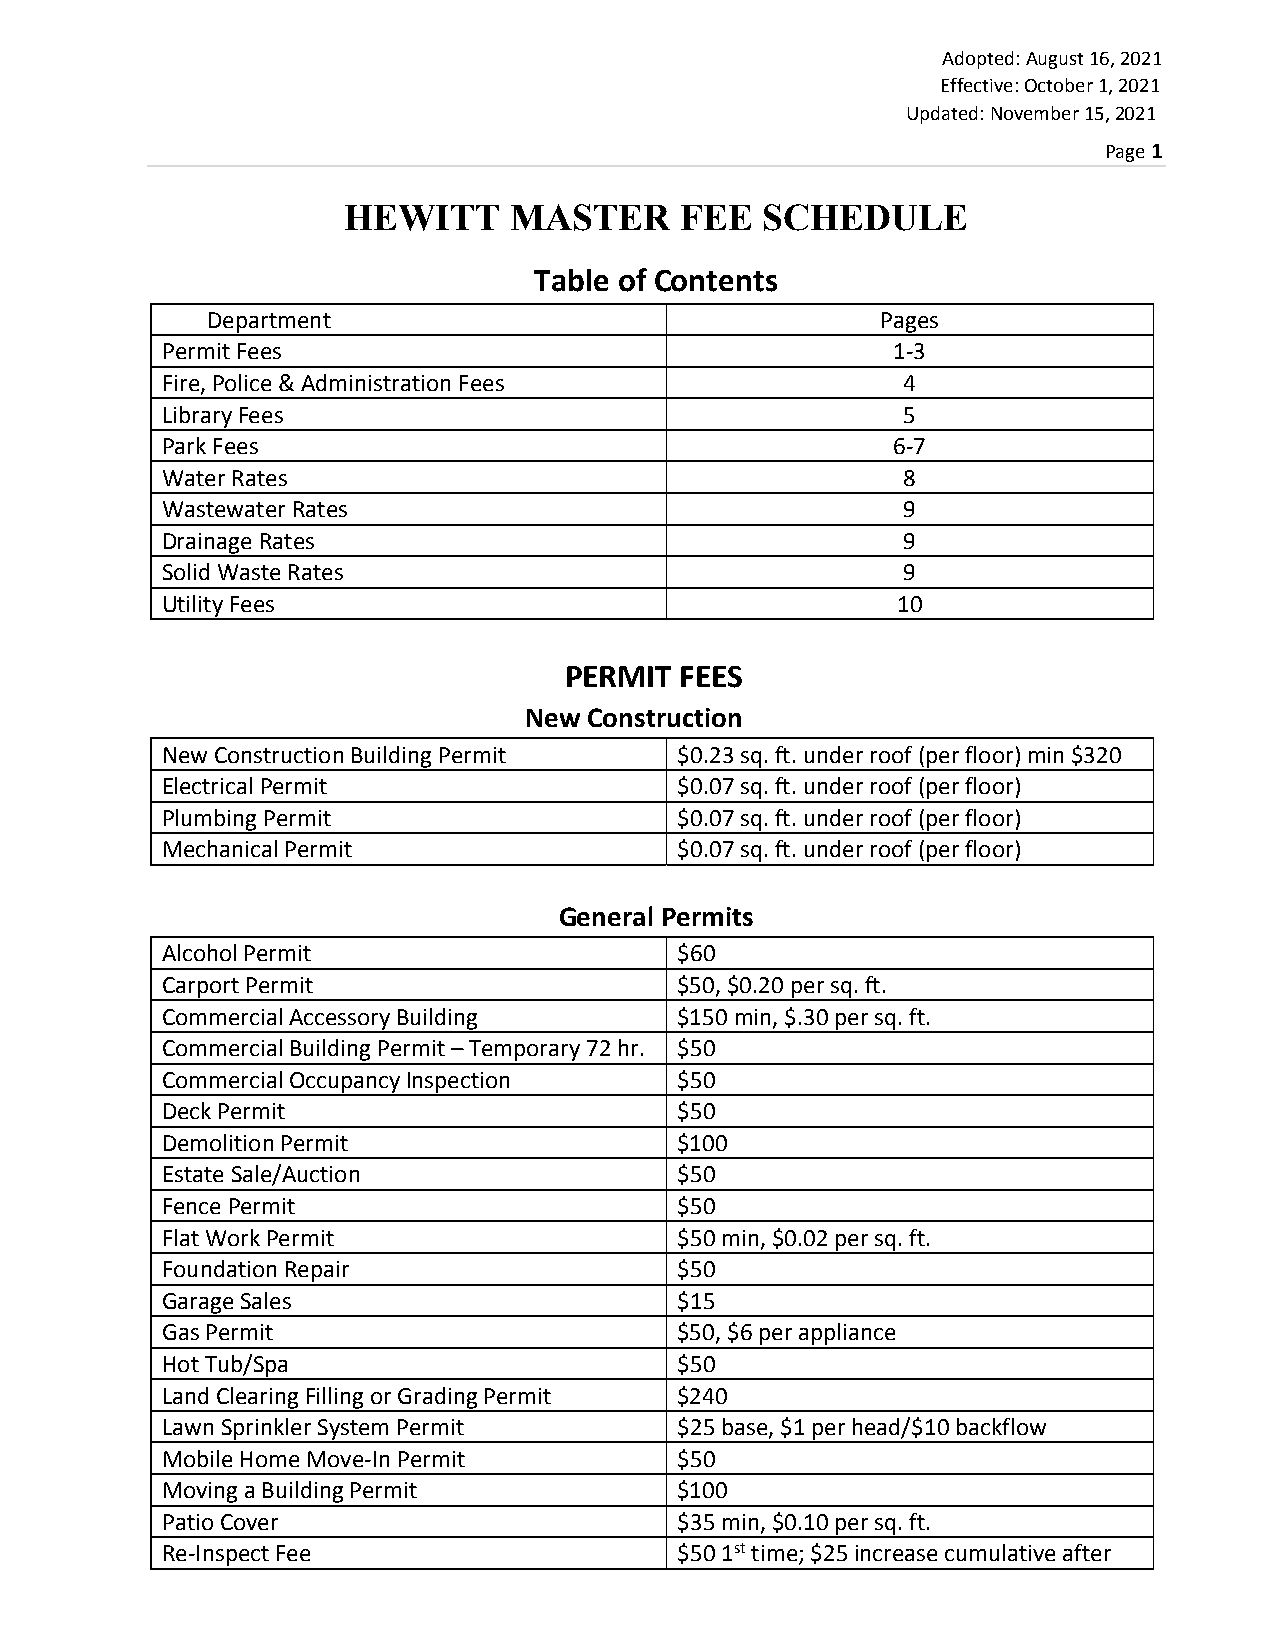
Adopted: August 16, 2021
 Effective: October 1, 2021
 Updated: November 15, 2021
 Page 1
 HEWITT     MASTER     FEE  SCHEDULE
 Table of Contents
 Department                                  Pages
 Permit Fees                                     1‐3
 Fire, Police & Administration Fees               4
 Library Fees                                     5
 Park Fees                                       6‐7
 Water Rates                                      8
 Wastewater Rates                                 9
 Drainage Rates                                   9
 Solid Waste Rates                                9
 Utility Fees                                    10
 PERMIT  FEES
 New Construction
 New Construction Building Permit  $0.23 sq. ft. under roof (per floor) min $320
 Electrical Permit                 $0.07 sq. ft. under roof (per floor)
 Plumbing Permit                   $0.07 sq. ft. under roof (per floor)
 Mechanical Permit                 $0.07 sq. ft. under roof (per floor)
 General Permits
 Alcohol Permit                    $60
 Carport Permit                    $50, $0.20 per sq. ft.
 Commercial Accessory Building     $150 min, $.30 per sq. ft.
 Commercial Building Permit – Temporary 72 hr. $50
 Commercial Occupancy Inspection   $50
 Deck Permit                       $50
 Demolition Permit                 $100
 Estate Sale/Auction               $50
 Fence Permit                      $50
 Flat Work Permit                  $50 min, $0.02 per sq. ft.
 Foundation Repair                 $50
 Garage Sales                      $15
 Gas Permit                        $50, $6 per appliance
 Hot Tub/Spa                       $50
 Land Clearing Filling or Grading Permit $240
 Lawn Sprinkler System Permit      $25 base, $1 per head/$10 backflow
 Mobile Home Move‐In Permit        $50
 Moving a Building Permit          $100
 Patio Cover                       $35 min, $0.10 per sq. ft.
 Re‐Inspect Fee                    $50 1st time; $25 increase cumulative after